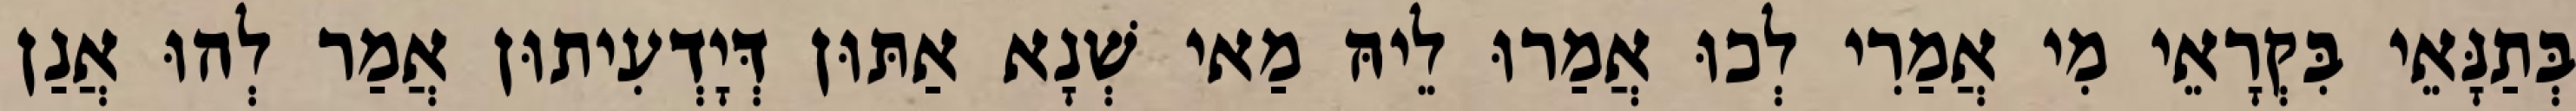
בְּתַנָּאֵי בִּקְרָאֵי מִי אֲמַרִי לְכוּ אֲמַרוּ לֵיהּ מַאי שְׁנָא אַתּוּן דְּיָדְעִיתוּן אֲמַר לְהוּ אֲנַן